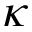
\kappa